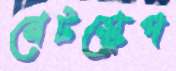
নেটস্কেপ